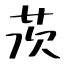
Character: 茨